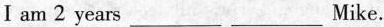
I am 2 years___ ___ Mike.